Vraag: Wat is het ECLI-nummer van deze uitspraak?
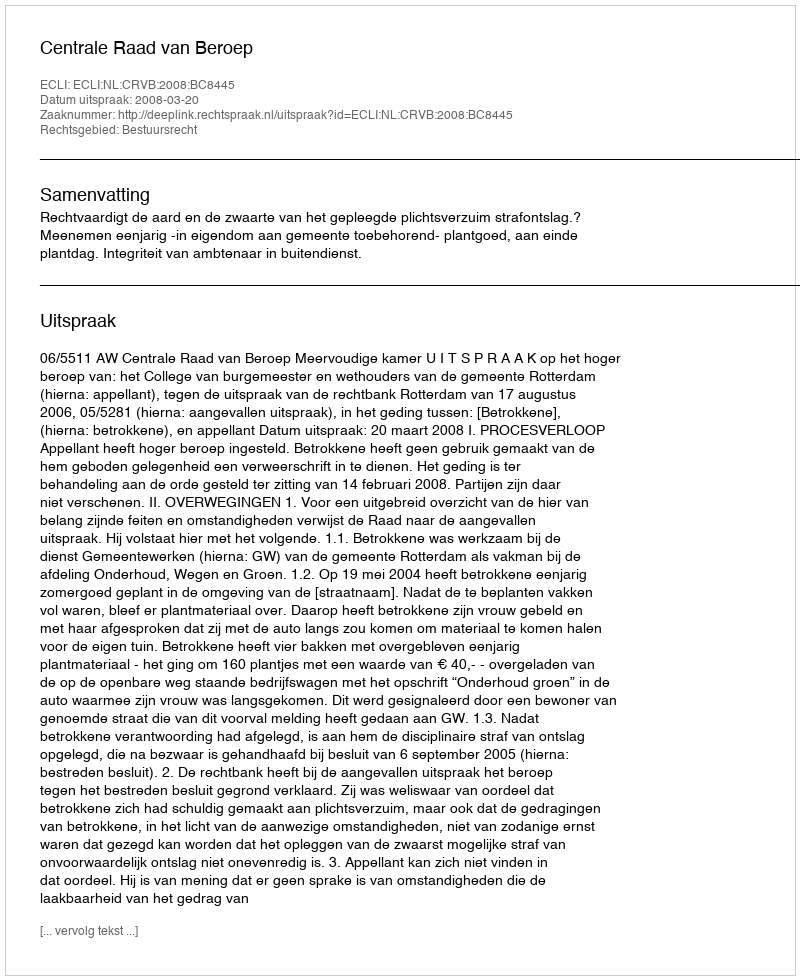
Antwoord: ECLI:NL:CRVB:2008:BC8445